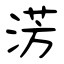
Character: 淓